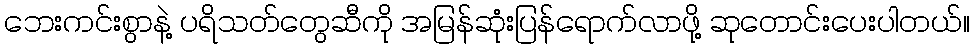
ဘေးကင်းစွာနဲ့ ပရိသတ်တွေဆီကို အမြန်ဆုံးပြန်ရောက်လာဖို့ ဆုတောင်းပေးပါတယ်။